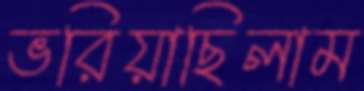
ভরিয়াছিলাম